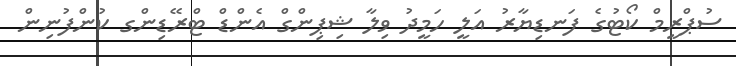
ސުޕްރީމް ކޯޓުގެ ފަނޑިޔާރު އަލީ ހަމީދު ވިލާ ޝިޕިންގް އެންޑް ޓްރޭޑިންގ ކުންފުނިން